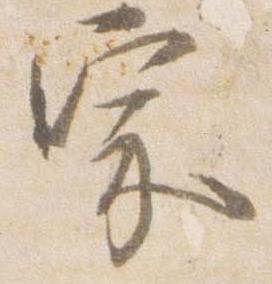
宗